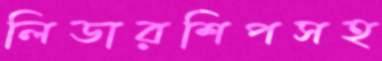
লিডারশিপসহ